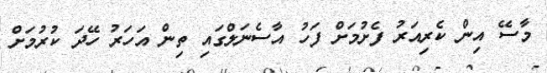
މާސޭ އިން ކެރިއަރު ފެށުމަށް ފަހު އާސެނަލްގައި ތިން އަހަރު ހޭދަ ކުރުމަށް